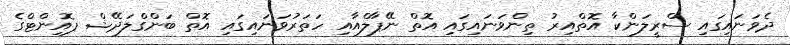
ދެވަނައިގައި ސްރީލަންކާ އޮތްއިރު ތިންވަނައިގައި އޮތް ނޭޕާލްއާއި ހަތަރުވަނައިގައި އޮތް ބަންގްލަދޭޝް ޕޮއިންޓްގެ